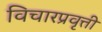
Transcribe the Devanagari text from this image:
विचारप्रवृत्ती